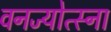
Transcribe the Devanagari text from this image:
वनज्योत्स्ना